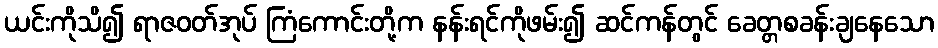
ယင်းကိုသိ၍ ရာဇဝတ်အုပ် ကြံကောင်းတို့က နန်းရင်ကိုဖမ်း၍ ဆင်ကန်တွင် ခေတ္တစခန်းချနေသော